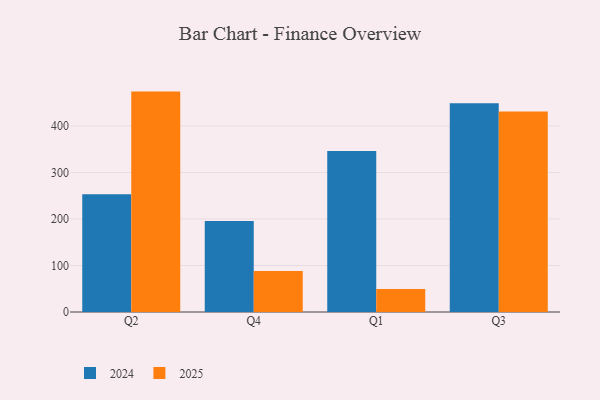
{"axis": {"x": "Quarter", "y": "Conversion Rate (%)"}, "legend": ["2024", "2025"], "data": [{"x": "Q2", "y": 474.0, "type": "2025"}, {"x": "Q2", "y": 253.5, "type": "2024"}, {"x": "Q4", "y": 88.2, "type": "2025"}, {"x": "Q4", "y": 195.6, "type": "2024"}, {"x": "Q1", "y": 49.4, "type": "2025"}, {"x": "Q1", "y": 346.1, "type": "2024"}, {"x": "Q3", "y": 431.1, "type": "2025"}, {"x": "Q3", "y": 449.1, "type": "2024"}]}